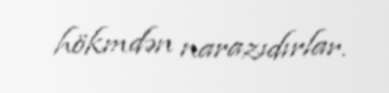
hökmdən narazıdırlar.